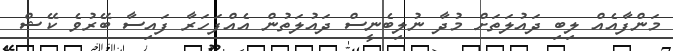
މަންފާއެއް ލިބި ދައުލަތަށް މުދާ ނުލިބެނީސް ދައުލަތުން އެއްފަހަރާ ފައިސާ ބޭރުވެ ކޭޝް